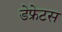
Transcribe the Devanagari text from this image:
डेफ्रेटस